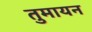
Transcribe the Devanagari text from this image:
तुमायन